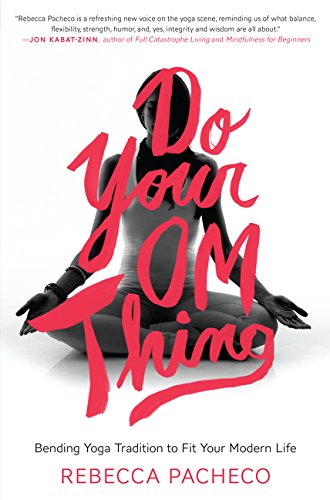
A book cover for Do Your Om Thing: Bending Yoga Tradition to Fit Your Modern Life; Rebecca Pacheco; Health, Fitness & Dieting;